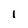
Character: I